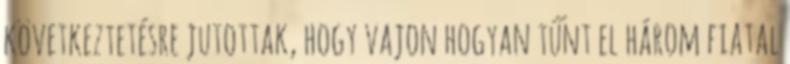
következtetésre jutottak, hogy vajon hogyan tűnt el három fiatal